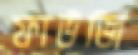
ফাউজি